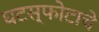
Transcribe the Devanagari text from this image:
घटस्फोटाचे